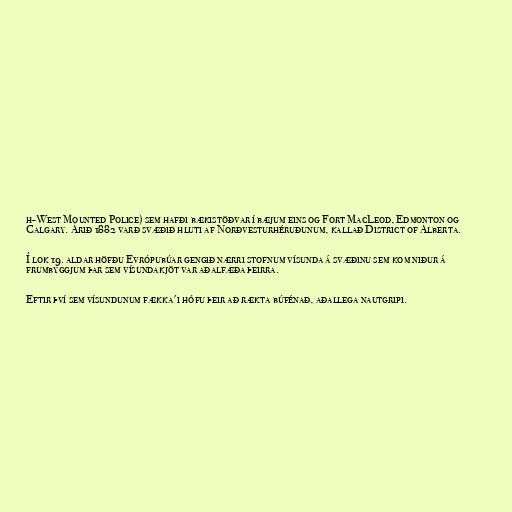
h-West Mounted Police) sem hafði bækistöðvar í bæjum eins og Fort MacLeod, Edmonton og
Calgary. Árið 1882 varð svæðið hluti af Norðvesturhéruðunum, kallað District of Alberta.

Í lok 19. aldar höfðu Evrópubúar gengið nærri stofnum vísunda á svæðinu sem kom niður á
frumbyggjum þar sem vísundakjöt var aðalfæða þeirra.

Eftir því sem vísundunum fækka'i hófu þeir að rækta búfénað, aðallega nautgripi.